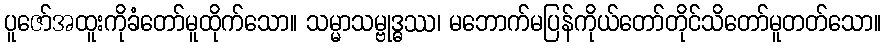
ပူဇော်အထူးကိုခံတော်မူထိုက်သော။ သမ္မာသမ္ဗုဒ္ဓဿ၊ မဘောက်မပြန်ကိုယ်တော်တိုင်သိတော်မူတတ်သော။